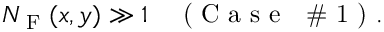
N _ { \textrm { F } } ( x , y ) \gg 1 \quad \textrm { ( C a s e ~ \# 1 ) } .